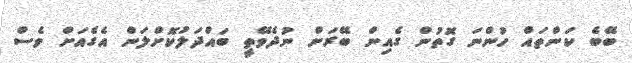
ބޭބެ ކަންތައް ހުންނަ ގޮތުން ގެއިން ބޭރަށް ނުދެވޭތީ ބައްދަލުކޮށްލަން އެގެއަށް ވެސް